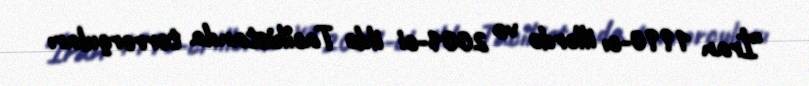
“İran 1990-cı illərdə və 2001-ci ildə Tacikistanda terrorçuları